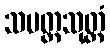
သမတ္တသုတ္တံ